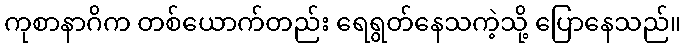
ကုစာနာဂိက တစ်ယောက်တည်း ရေရွတ်နေသကဲ့သို့ ပြောနေသည်။